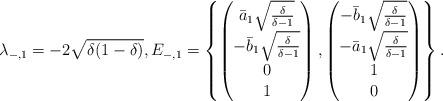
LaTeX: \begin{align*}\lambda_{-,1} = -2 \sqrt{\delta(1-\delta)}, E_{-,1} = \left\{ \begin{pmatrix}\bar{a}_1 \sqrt{\frac{\delta}{\delta-1}} \\ -\bar{b}_1 \sqrt{\frac{\delta}{\delta-1}} \\ 0 \\1\end{pmatrix},\begin{pmatrix}-\bar{b}_1 \sqrt{\frac{\delta}{\delta-1}} \\ -\bar{a}_1 \sqrt{\frac{\delta}{\delta-1}} \\ 1 \\0\end{pmatrix}\right\}.\end{align*}